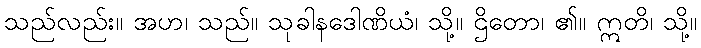
သည်လည်း။ အဟ၊ သည်။ သုခါနဒေါဏိယံ၊ သို့။ ဌိတော၊ ၏။ ဣတိ၊ သို့။